Code of medical and sanitary regulations for the guidance of medical officers serving in the Madras Presidency - Volume I
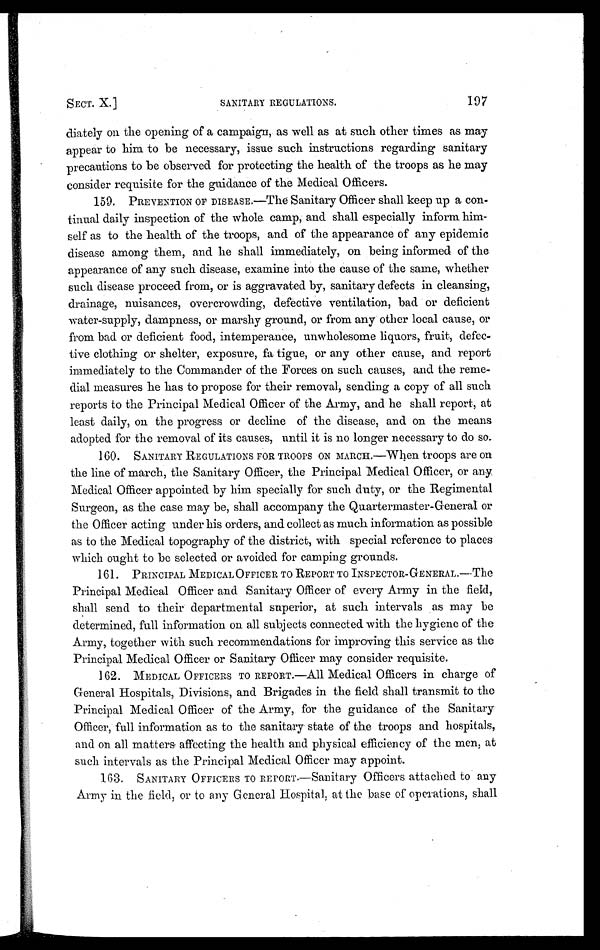
SECT. X.]
SANITARY REGULATIONS.
197
diately on the opening of a campaign, as well as at such other times as may
appear to him to be necessary, issue such instructions regarding sanitary
precautions to be observed for protecting the health of the troops as he may
consider requisite for the guidance of the Medical Officers.
159. PREVENTION OF DISEASE.—The Sanitary Officer shall keep up a con-
tinual daily inspection of the whole camp, and shall especially inform him-
self as to the health of the troops, and of the appearance of any epidemic
disease among them, and he shall immediately, on being informed of the
appearance of any such disease, examine into the cause of the same, whether
such disease proceed from, or is aggravated by, sanitary defects in cleansing,
drainage, nuisances, overcrowding, defective ventilation, bad or deficient
water-supply, dampness, or marshy ground, or from any other local cause, or
from bad or deficient food, intemperance, unwholesome liquors, fruit, defec-
tive clothing or shelter, exposure, fa tigue, or any other cause, and report
immediately to the Commander of the Forces on such causes, and the reme-
dial measures he has to propose for their removal, sending a copy of all such
reports to the Principal Medical Officer of the Army, and he shall report, at
least daily, on the progress or decline of the disease, and on the means
adopted for the removal of its causes, until it is no longer necessary to do so.
160. SANITARY REGULATIONS FOR TROOPS ON MARCH.—When troops are on
the line of march, the Sanitary Officer, the Principal Medical Officer, or any
Medical Officer appointed by him specially for such duty, or the Regimental
Surgeon, as the case may be, shall accompany the Quartermaster-General or
the Officer acting under his orders, and collect as much information as possible
as to the Medical topography of the district, with special reference to places
which ought to be selected or avoided for camping grounds.
161. PRINCIPAL MEDICAL OFFICER TO REPORT TO INSPECTOR-GENERAL.—The
Principal Medical Officer and Sanitary Officer of every Army in the field,
shall send to their departmental superior, at such intervals as may be
determined, full information on all subjects connected with the hygiene of the
Army, together with such recommendations for improving this service as the
Principal Medical Officer or Sanitary Officer may consider requisite.
162. MEDICAL OFFICERS TO REPORT.—All Medical Officers in charge of
General Hospitals, Divisions, and Brigades in the field shall transmit to the
Principal Medical Officer of the Army, for the guidance of the Sanitary
Officer, full information as to the sanitary state of the troops and hospitals,
and on all matters affecting the health and physical efficiency of the men, at
such intervals as the Principal Medical Officer may appoint.
163. SANITARY OFFICERS TO REPORT—Sanitary Officers attached to any
Army in the field, or to any General Hospital, at the base of operations, shall